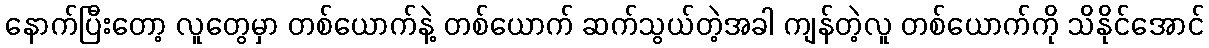
နောက်ပြီးတော့ လူတွေမှာ တစ်ယောက်နဲ့ တစ်ယောက် ဆက်သွယ်တဲ့အခါ ကျန်တဲ့လူ တစ်ယောက်ကို သိနိုင်အောင်